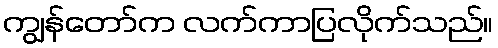
ကျွန်တော်က လက်ကာပြလိုက်သည်။